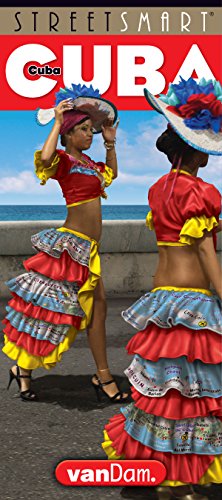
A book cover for StreetSmart Cuba Map by VanDam - Map of Cuba - Laminated folding pocket size country travel guide with detailed city street maps (English and Spanish Edition); Stephan Van Dam; Travel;